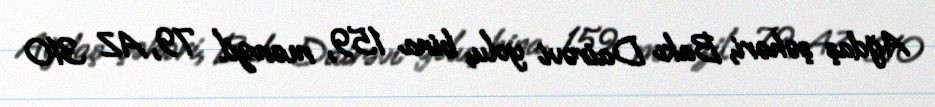
Ağdaş şəhəri, Bakı Dairəvi yolu, bina 159, mənzil 79, AZ 310